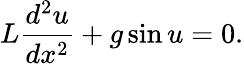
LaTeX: L{\frac{d^{2}u}{dx^{2}}}+g\sin u=0.